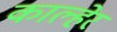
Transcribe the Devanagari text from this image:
काल्हेर